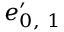
\boldsymbol { e } _ { 0 , \ 1 } ^ { \prime }